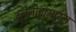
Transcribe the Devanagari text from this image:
ग्लेनोह्युमारल